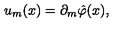
u _ { m } ( x ) = \partial _ { m } \hat { \varphi } ( x ) ,